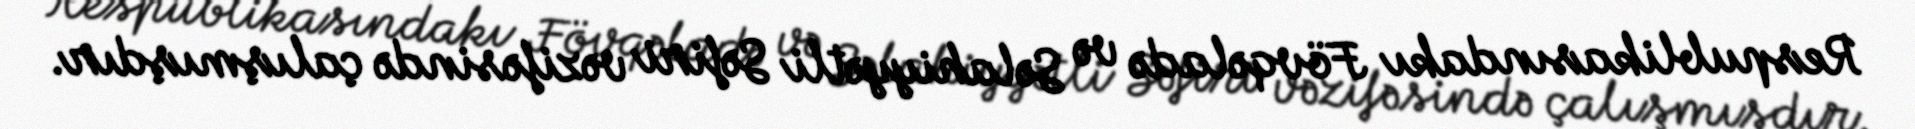
Respublikasındakı Fövqəladə və Səlahiyyətli Səfiri vəzifəsində çalışmışdır.